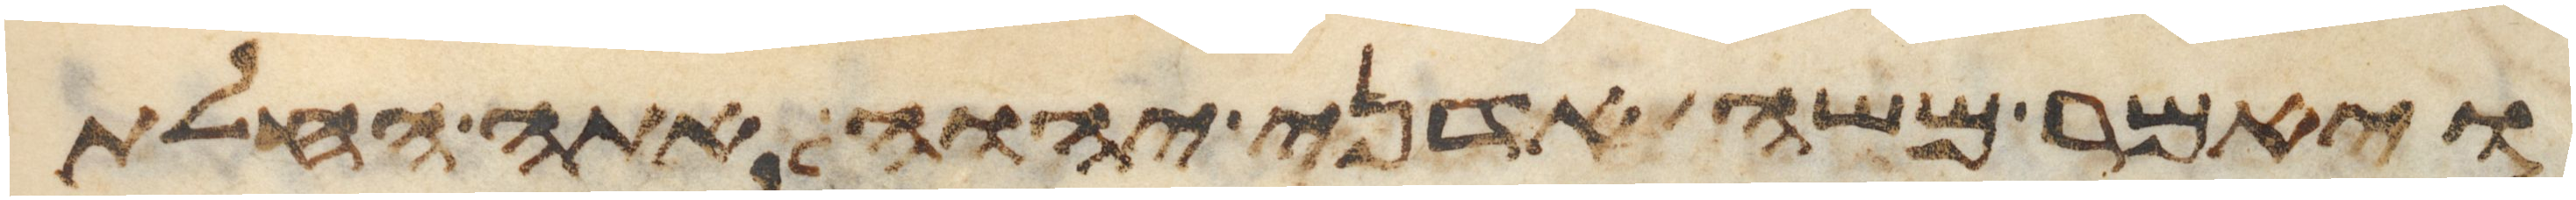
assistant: ויאמר משה אדני יהוה אתה החלת